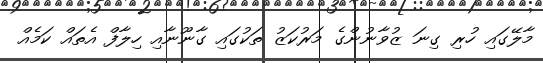
މާލޭގައި ހުރި ގިނަ ޒުވާނުންގެ މަރުކަޒު ތަކުގައި ގާނޫނާއި ހިލާފް އެތައް ކަމެއް